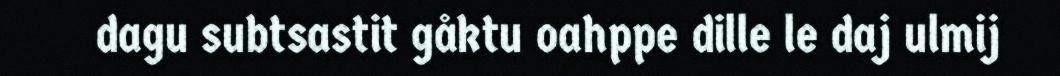
dagu subtsastit gåktu oahppe dille le daj ulmij